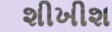
શીખીશ